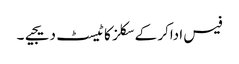
فیس اداکر کے سکلز کا ٹیسٹ دیجیے۔